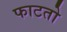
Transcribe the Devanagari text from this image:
फाटतो